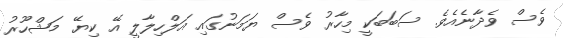
ވެސް ވެދާނެއެވެ. ސަބަބަކީ މިހާރު ވެސް ޔަމަނުގައި އަލްހިލާލީ އޭ ކިޔޭ މަޝްހޫރު